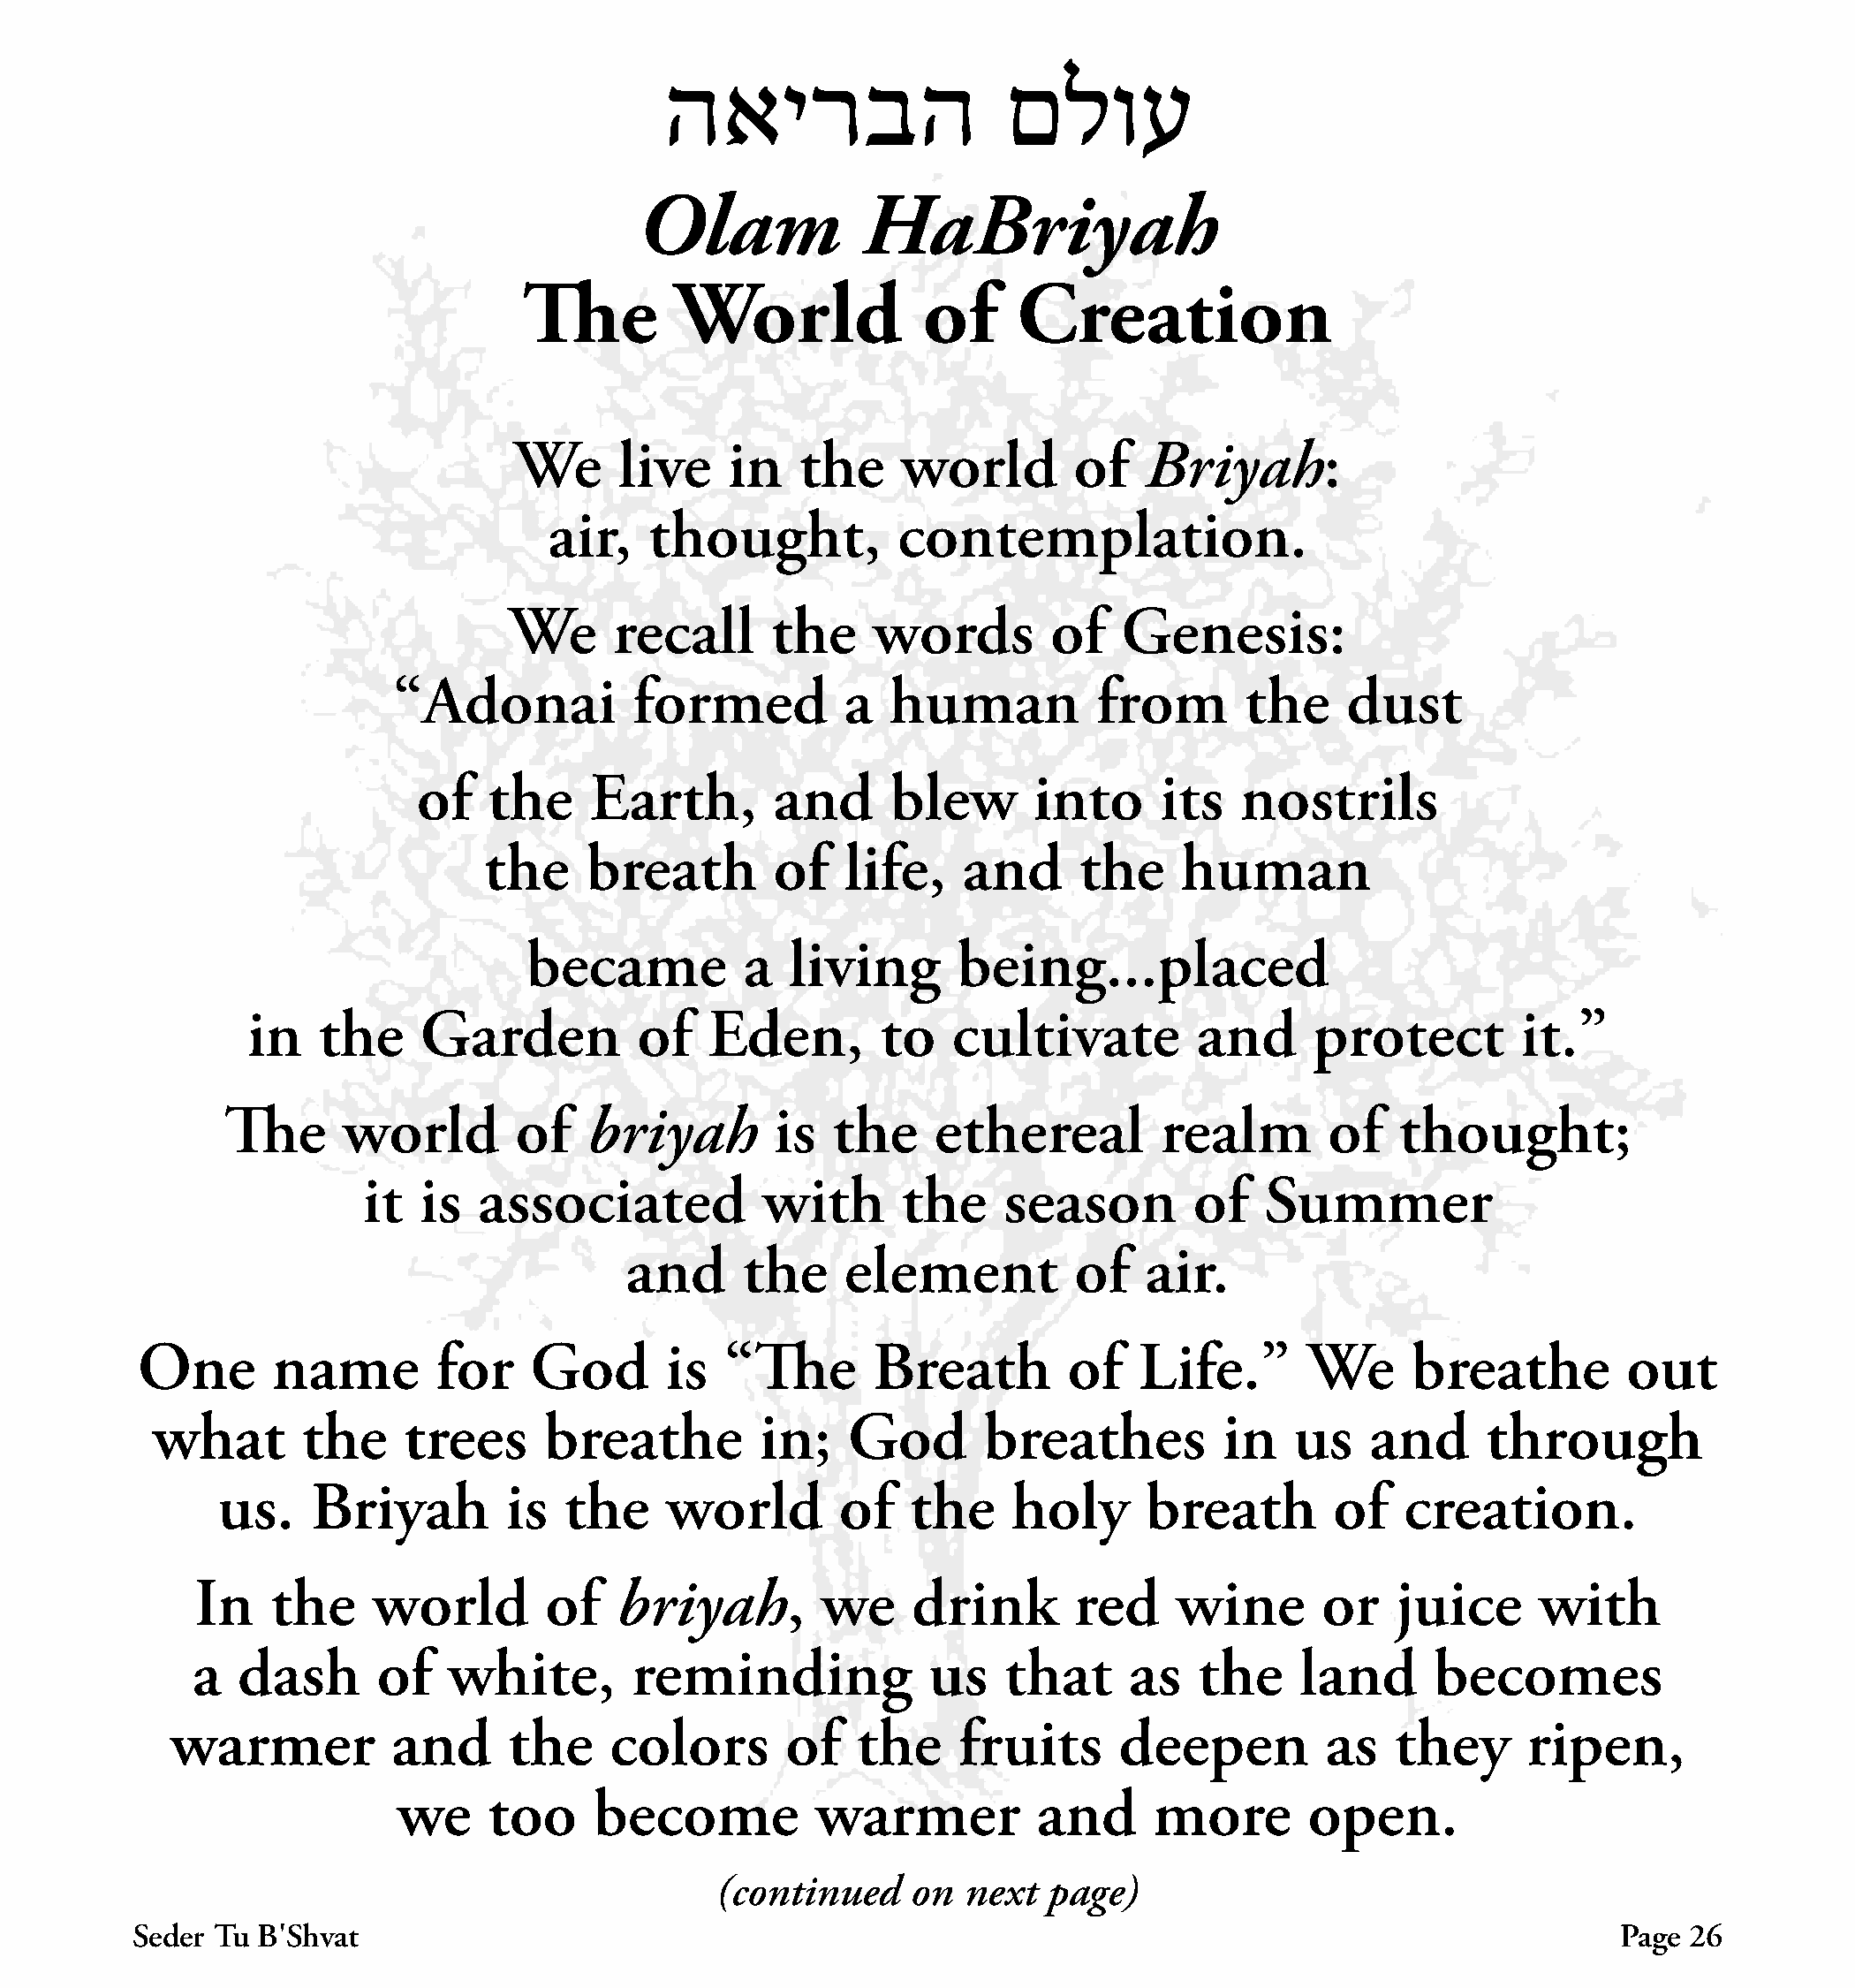
האירבה                   םלוע
 Olam             HaBriyah
 The         World             of     Creation
 We     live     in   the     world       of    Briyah:
 air,    thought,          contemplation.
 We      recall      the    words         of   Genesis:
 “Adonai           formed          a   human          from       the     dust
 of    the    Earth,        and      blew      into      its   nostrils
 the     breath        of   life,    and      the     human
 became           a  living       being...placed
 in   the     Garden          of   Eden,        to   cultivate          and     protect         it.”
 The      world        of   briyah        is  the     ethereal         realm        of   thought;
 it  is   associated           with       the    season        of    Summer
 and      the    element           of   air.
 One       name         for    God       is  “The       Breath         of   Life.”       We      breathe         out
 what        the    trees      breathe         in;    God       breathes          in   us    and     through
 us.    Briyah         is  the     world        of   the     holy      breath        of   creation.
 In   the     world        of   briyah,         we    drink        red    wine       or    juice     with
 a   dash      of    white,       reminding              us   that      as   the    land      becomes
 warmer          and      the     colors       of   the     fruits      deepen         as   they      ripen,
 we     too    become           warmer           and     more        open.
 (continued    on  next   page)
 Seder Tu B׳Shvat                                                                                               Page  26